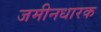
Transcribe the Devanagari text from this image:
जमीनधारक